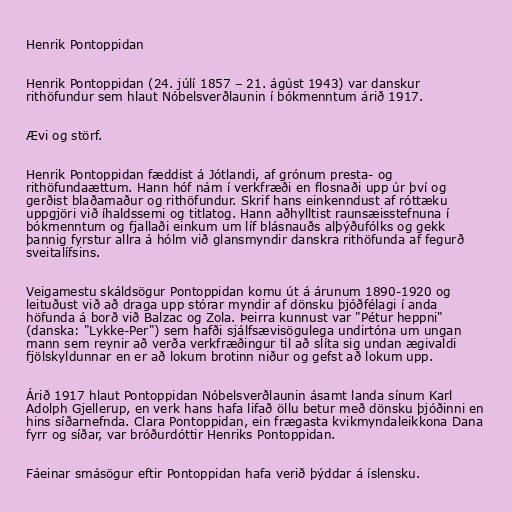
Henrik Pontoppidan

Henrik Pontoppidan (24. júlí 1857 – 21. ágúst 1943) var danskur
rithöfundur sem hlaut Nóbelsverðlaunin í bókmenntum árið 1917.

Ævi og störf.

Henrik Pontoppidan fæddist á Jótlandi, af grónum presta- og
rithöfundaættum. Hann hóf nám í verkfræði en flosnaði upp úr því og
gerðist blaðamaður og rithöfundur. Skrif hans einkenndust af róttæku
uppgjöri við íhaldssemi og titlatog. Hann aðhylltist raunsæisstefnuna í
bókmenntum og fjallaði einkum um líf blásnauðs alþýðufólks og gekk
þannig fyrstur allra á hólm við glansmyndir danskra rithöfunda af fegurð
sveitalífsins.

Veigamestu skáldsögur Pontoppidan komu út á árunum 1890-1920 og
leituðust við að draga upp stórar myndir af dönsku þjóðfélagi í anda
höfunda á borð við Balzac og Zola. Þeirra kunnust var "Pétur heppni"
(danska: "Lykke-Per") sem hafði sjálfsævisögulega undirtóna um ungan
mann sem reynir að verða verkfræðingur til að slíta sig undan ægivaldi
fjölskyldunnar en er að lokum brotinn niður og gefst að lokum upp.

Árið 1917 hlaut Pontoppidan Nóbelsverðlaunin ásamt landa sínum Karl
Adolph Gjellerup, en verk hans hafa lifað öllu betur með dönsku þjóðinni en
hins síðarnefnda. Clara Pontoppidan, ein frægasta kvikmyndaleikkona Dana
fyrr og síðar, var bróðurdóttir Henriks Pontoppidan.

Fáeinar smásögur eftir Pontoppidan hafa verið þýddar á íslensku.